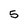
Character: 5